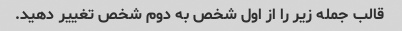
قالب جمله زیر را از اول شخص به دوم شخص تغییر دهید.